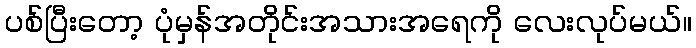
ပစ်ပြီးတော့ ပုံမှန်အတိုင်းအသားအရေကို လေးလုပ်မယ်။